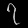
Digit: ၇